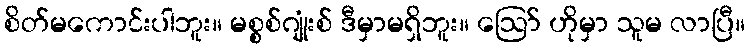
စိတ်မကောင်းပါဘူး။ မစ္စစ်ဂျုံးစ် ဒီမှာမရှိဘူး။ ဪ ဟိုမှာ သူမ လာပြီ။